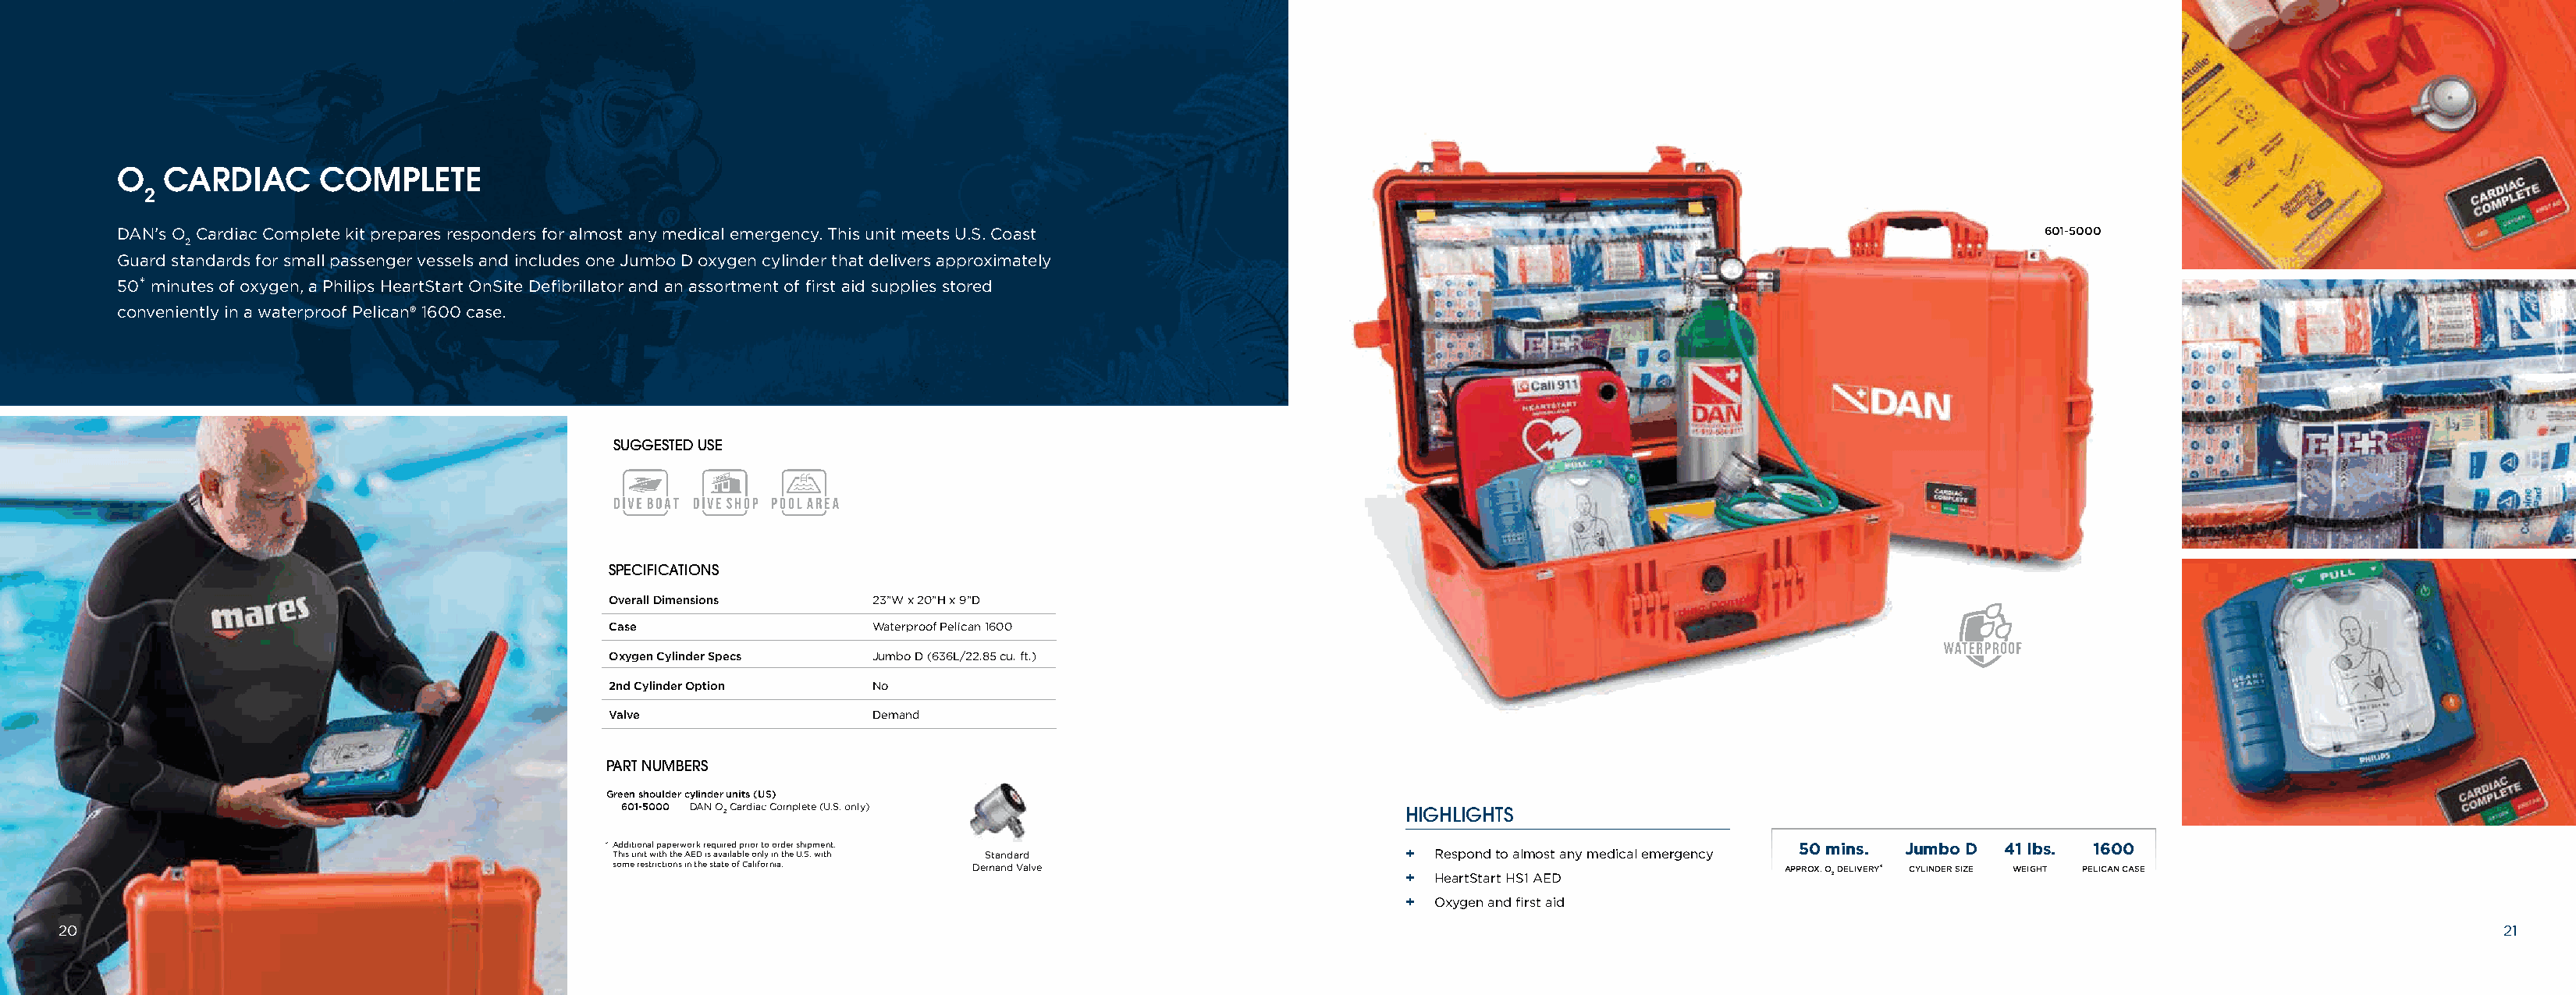
O   CARDIAC      COMPLETE
 2
 DAN’s O Cardiac Complete kit prepares responders for almost any medical emergency. This unit meets U.S. Coast                                                      601-5000
 2
 Guard standards for small passenger vessels and includes one Jumbo D oxygen cylinder that delivers approximately
 50* minutes of oxygen, a Philips HeartStart OnSite Defibrillator and an assortment of first aid supplies stored
 conveniently in a waterproof Pelican® 1600 case.
 SUGGESTED USE
 SCUBA
 SPECIFICATIONS
 Overall Dimensions    23”W x 20”H x 9”D
 Case                  Waterproof Pelican 1600
 Oxygen Cylinder Specs Jumbo D (636L/22.85 cu. ft.)
 2nd Cylinder Option   No
 Valve                 Demand
 PART NUMBERS
 Green shoulder cylinder units (US)
 601-5000 DAN O 2 Cardiac Complete (U.S. only)                     HIGHLIGHTS
 * A Thd id
 s
 i uti no in
 t
 a wl ip tha p te hr ew Ao Erk
 D
 r ie sq au vi are ild
 a
 bp leri o or
 n
 t lyo io nr d the er s Uh .Sip
 .
 m we itn ht .
 Standard                           +  Respond to almost any medical emergency
 50 mins. Jumbo D 41 lbs. 1600
 some restrictions in the state of California. Demand Valve                                         APPROX. O DELIVERY* CYLINDER SIZE WEIGHT PELICAN CASE
 +  HeartStart HS1 AED               2
 +  Oxygen and first aid
 20                                                                                                                                                                                                             21